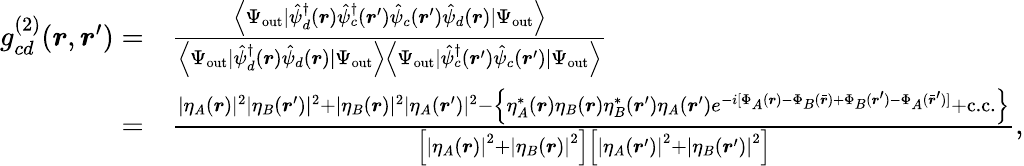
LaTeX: \begin{array}{rl}{g_{cd}^{(2)}(\boldsymbol{r},\boldsymbol{r}^{\prime})=}&{{}\frac{\left\langle\Psi_{\mathrm{out}}\mid\hat{\psi}_{d}^{\dagger}(\boldsymbol{r})\hat{\psi}_{c}^{\dagger}(\boldsymbol{r}^{\prime})\hat{\psi}_{c}(\boldsymbol{r}^{\prime})\hat{\psi}_{d}(\boldsymbol{r})\mid\Psi_{\mathrm{out}}\right\rangle}{\left\langle\Psi_{\mathrm{out}}\mid\hat{\psi}_{d}^{\dagger}(\boldsymbol{r})\hat{\psi}_{d}(\boldsymbol{r})\mid\Psi_{\mathrm{out}}\right\rangle\left\langle\Psi_{\mathrm{out}}\mid\hat{\psi}_{c}^{\dagger}(\boldsymbol{r}^{\prime})\hat{\psi}_{c}(\boldsymbol{r}^{\prime})\mid\Psi_{\mathrm{out}}\right\rangle}}\\ {=}&{{}\frac{|\eta_{A}(\boldsymbol{r})|^{2}|\eta_{B}(\boldsymbol{r}^{\prime})|^{2}+|\eta_{B}(\boldsymbol{r})|^{2}|\eta_{A}(\boldsymbol{r}^{\prime})|^{2}-\left\{ \eta_{A}^{*}(\boldsymbol{r})\eta_{B}(\boldsymbol{r})\eta_{B}^{*}(\boldsymbol{r}^{\prime})\eta_{A}(\boldsymbol{r}^{\prime})e^{-i[\Phi_{A}(\boldsymbol{r})-\Phi_{B}(\bar{\boldsymbol{r}})+\Phi_{B}(\boldsymbol{r}^{\prime})-\Phi_{A}(\bar{\boldsymbol{r}}^{\prime})]}+\mathrm{c.c.}\right\} }{\left[\left|\eta_{A}(\boldsymbol{r})\right|^{2}+\left|\eta_{B}(\boldsymbol{r})\right|^{2}\right]\left[\left|\eta_{A}(\boldsymbol{r}^{\prime})\right|^{2}+\left|\eta_{B}(\boldsymbol{r}^{\prime})\right|^{2}\right]},}\end{array}